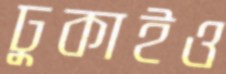
ঢুকাইও